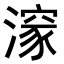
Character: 𭲩